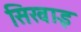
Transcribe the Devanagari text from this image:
सिखाइ